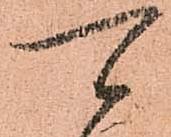
可